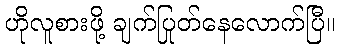
ဟိုလူစားဖို့ ချက်ပြုတ်နေလောက်ပြီ။